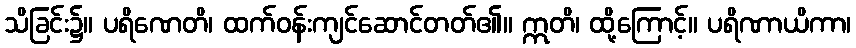
သိခြင်း၌။ ပရိဏေတိ၊ ထက်ဝန်းကျင်ဆောင်တတ်၏။ ဣတိ၊ ထို့ကြောင့်။ ပရိဏာယိကာ၊